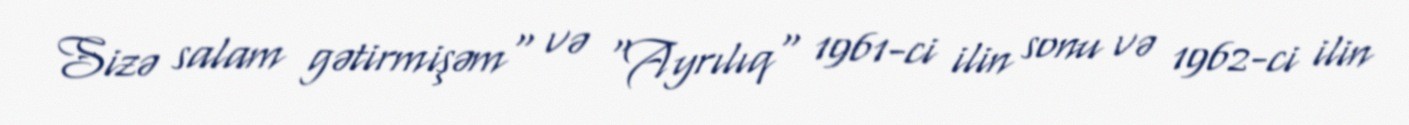
Sizə salam gətirmişəm" və "Ayrılıq" 1961-ci ilin sonu və 1962-ci ilin